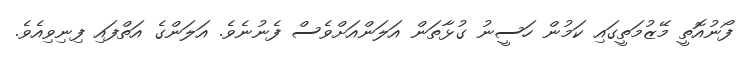
ފޯނުއޮތީ މޭޒުމަތީގައި ކަމުން ހަސީނު ގުޅާތަން އަލަންއަށްވެސް ފެނުނެވެ. އަލަންގެ އަތްފައި ފިނިވިއެވެ.